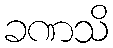
ခဏသိ